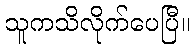
သူကသိလိုက်ပေပြီ။